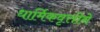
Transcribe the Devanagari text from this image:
धार्मिकवृत्तीने